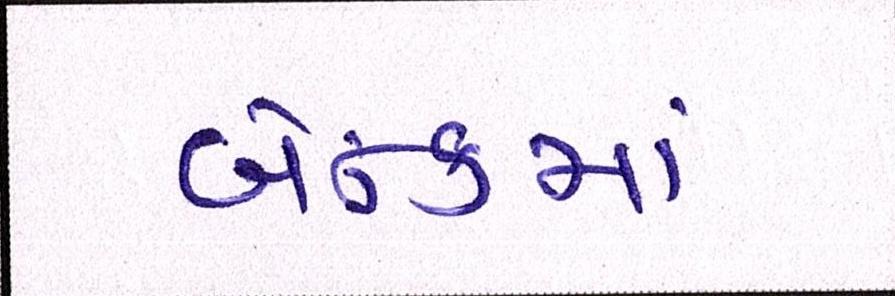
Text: બેન્કમાં